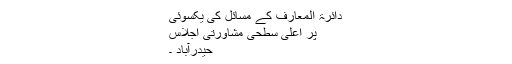
دائرۃ المعارف کے مسائل کی یکسوئی
پر اعلیٰ سطحی مشاورتی اجلاس
حیدرآباد ۔